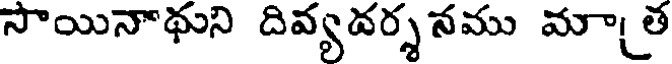
సాయినాథుని దివ్యవర్శ నము మాత